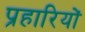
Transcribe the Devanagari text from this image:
प्रहारियों